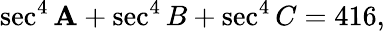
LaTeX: \sec^{4}\mathbf{A}+\sec^{4}B+\sec^{4}C=416,